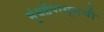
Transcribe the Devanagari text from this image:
मुंबईपासूनची